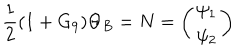
\frac { 1 } { 2 } ( 1 + G _ { 9 } ) \Theta _ { B } = N = \left( \begin{matrix} { { \psi _ { 1 } } } \\ { { \psi _ { 2 } } } \\ \end{matrix} \right)